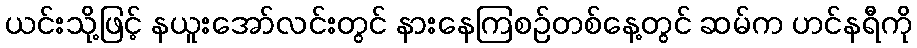
ယင်းသို့ဖြင့် နယူးအော်လင်းတွင် နားနေကြစဉ်တစ်နေ့တွင် ဆမ်က ဟင်နရီကို